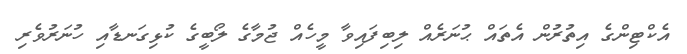
އެކްޓިންގެ އިތުރުން އެތައް ޙުނަރެއް ލިބިފައިވާ މީހެއް ޖުމާގެ ލޯބީގެ ކުޅިގަނޑާއި ހުނަރުވެރި